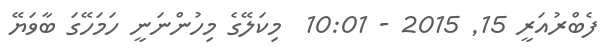
ފެބްރުއަރީ 15